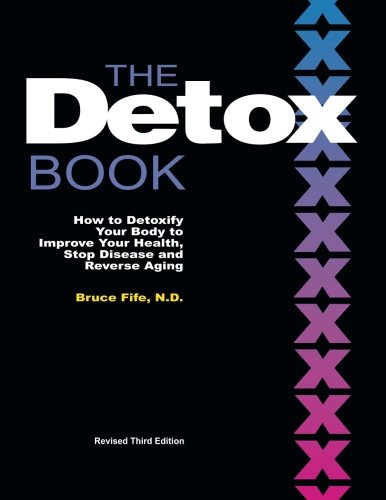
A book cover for The Detox Book: How to Detoxify Your Body to Improve Your Health, Stop Disease and Reverse Aging; Bruce Fife; Health, Fitness & Dieting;